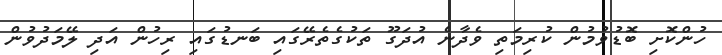
ހުންކޮށި ބޮޑުވުމުން ކުރިމަތި ވެދާނެ އުދަގޫ ތަކުގެތެރޭގައި ބަނޑުގައި ރިހުން އަދި ލޭމަދުވުން